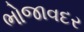
ભોજાવદર